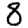
Digit: 8